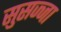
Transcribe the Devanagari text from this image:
सुसज्जा